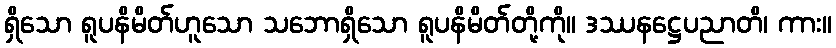
ရှိသော ရူပနိမိတ်ဟူသော သဘောရှိသော ရူပနိမိတ်တို့ကို။ ဒဿနဋ္ဌေပညာတိ၊ ကား။